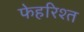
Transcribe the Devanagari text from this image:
फेहरिश्त